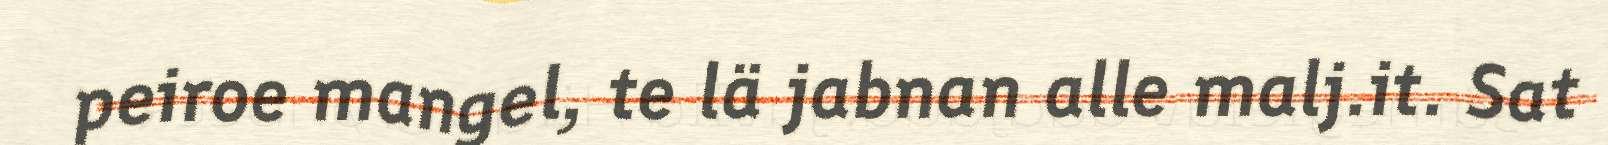
peiroe mangel, te lä jabnan alle malj.it. Sat